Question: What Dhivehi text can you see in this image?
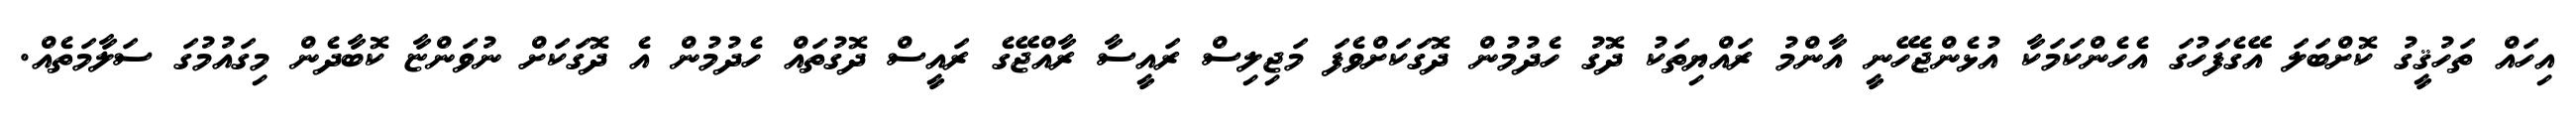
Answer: އިހައް ތަހުޤީގު ކޮށްބަލަ އޭގެފަހުގަ އެހެންކަމަކާ އުޅެންޖެހޭނީ އާންމު ރައްޔިތަކު ދޮގު ހެދުމުން ދޮގަކަށްވެފަ މަޖިލިސް ރައީސާ ރާއްޖޭގެ ރައީސް ދޮގުތައް ހެދުމުން އެ ދޮގަކަށް ނުވަންޏާ ކޮބާދެން މިގައުމުގަ ސަލާމަތެއް.